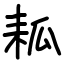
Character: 㼍